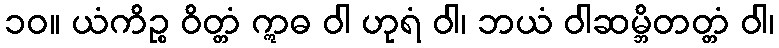
၁၀။ ယံကိဉ္စ ဝိတ္တံ ဣဓ ဝါ ဟုရံ ဝါ၊ ဘယံ ဝါဆမ္ဘိတတ္တံ ဝါ၊